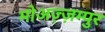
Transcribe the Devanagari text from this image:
मोअज़्ज़म्पुर